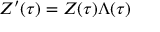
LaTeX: Z ^ { \prime } ( \tau ) = Z ( \tau ) \Lambda ( \tau )